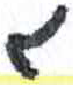
אות: ג